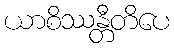
ယာစိဿန္တီတိပေ